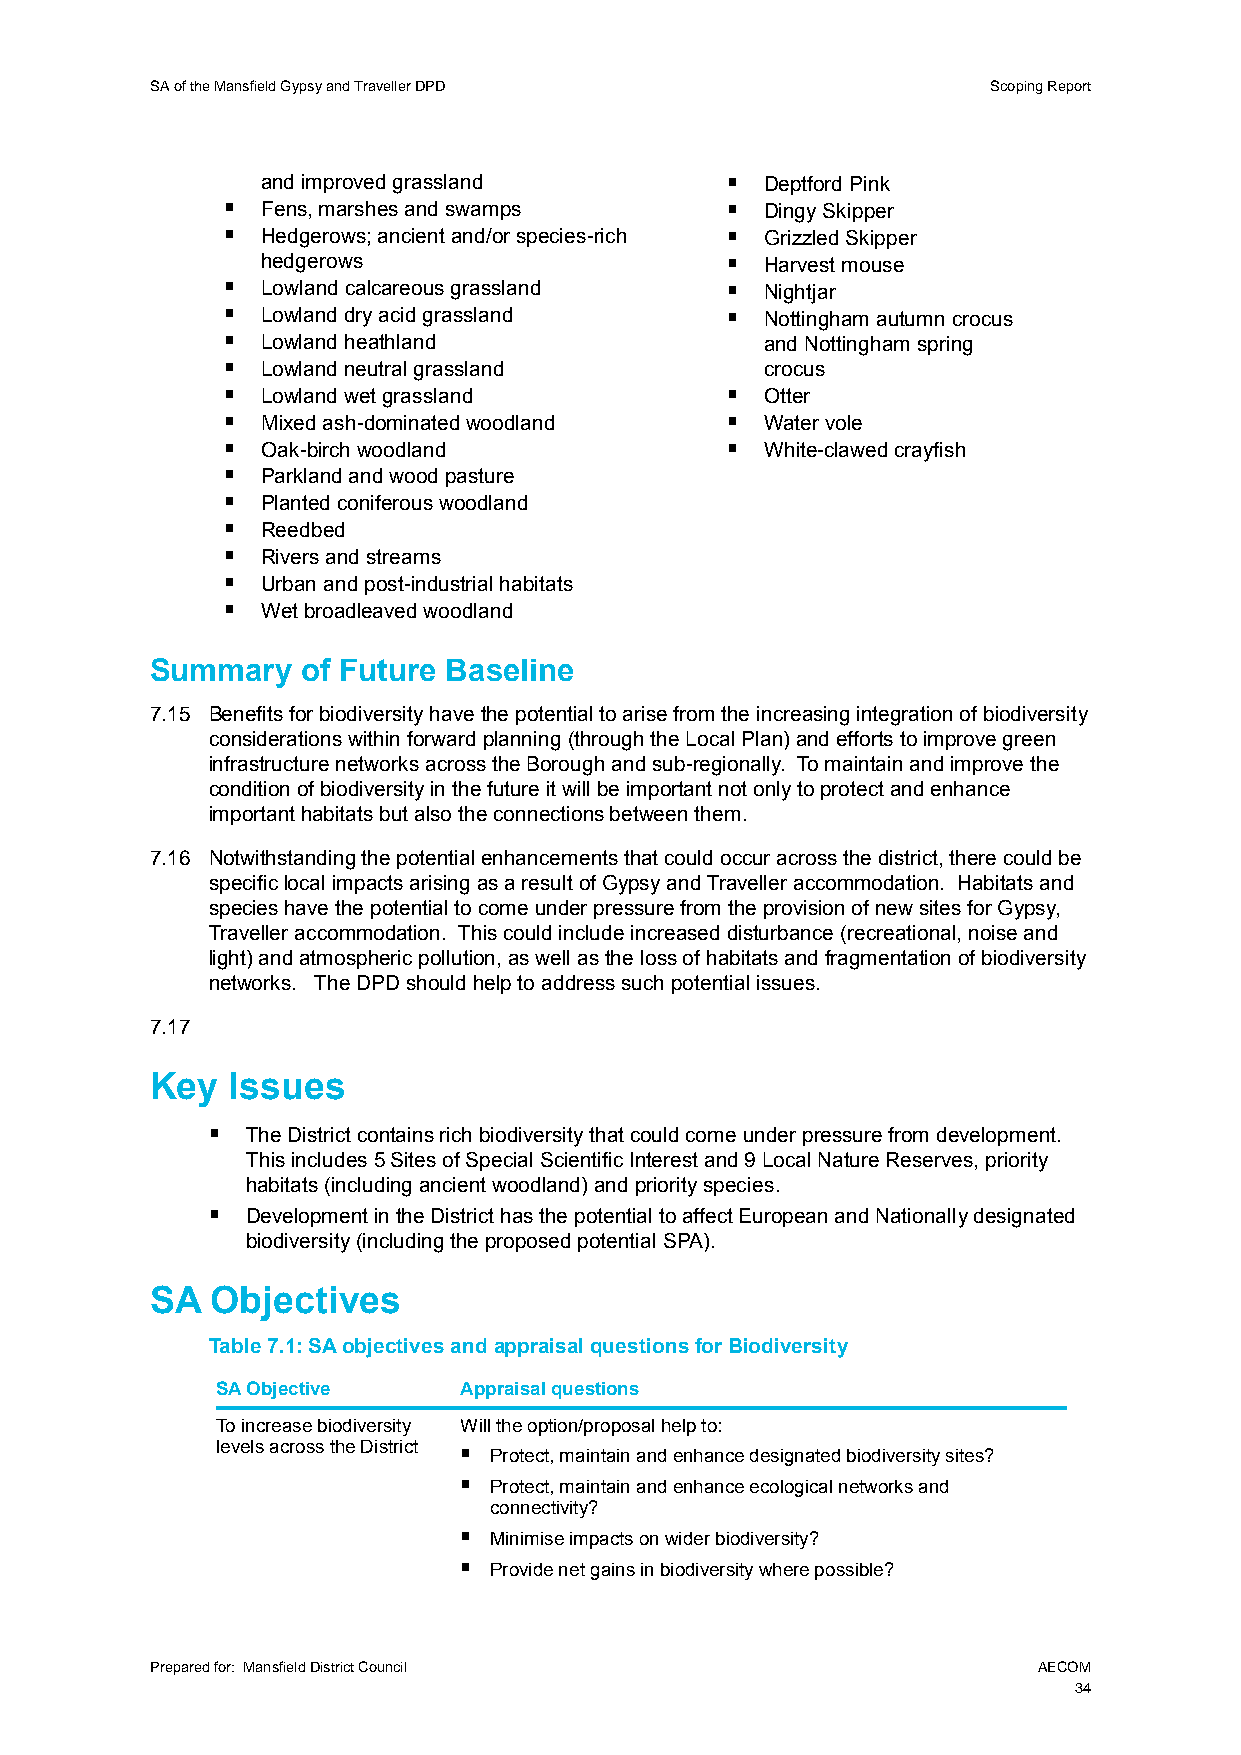
SA of the Mansfield Gypsy and Traveller DPD             Scoping Report
 and improved grassland           Deptford Pink
  Fens, marshes and swamps         Dingy Skipper
  Hedgerows; ancient and/or species-rich  Grizzled Skipper
 hedgerows                        Harvest mouse
  Lowland calcareous grassland     Nightjar
  Lowland dry acid grassland       Nottingham autumn crocus
  Lowland heathland                 and Nottingham spring
  Lowland neutral grassland         crocus
  Lowland wet grassland            Otter
  Mixed ash-dominated woodland     Water vole
  Oak-birch woodland               White-clawed crayfish
  Parkland and wood pasture
  Planted coniferous woodland
  Reedbed
  Rivers and streams
  Urban and post-industrial habitats
  Wet broadleaved woodland
 Summary   of Future Baseline
 7.15 Benefits for biodiversity have the potential to arise from the increasing integration of biodiversity
 considerations within forward planning (through the Local Plan) and efforts to improve green
 infrastructure networks across the Borough and sub-regionally. To maintain and improve the
 condition of biodiversity in the future it will be important not only to protect and enhance
 important habitats but also the connections between them.
 7.16 Notwithstanding the potential enhancements that could occur across the district, there could be
 specific local impacts arising as a result of Gypsy and Traveller accommodation. Habitats and
 species have the potential to come under pressure from the provision of new sites for Gypsy,
 Traveller accommodation. This could include increased disturbance (recreational, noise and
 light) and atmospheric pollution, as well as the loss of habitats and fragmentation of biodiversity
 networks. The DPD should help to address such potential issues.
 7.17
 Key  Issues
  The District contains rich biodiversity that could come under pressure from development.
 This includes 5 Sites of Special Scientific Interest and 9 Local Nature Reserves, priority
 habitats (including ancient woodland) and priority species.
  Development in the District has the potential to affect European and Nationally designated
 biodiversity (including the proposed potential SPA).
 SA  Objectives
 Table 7.1: SA objectives and appraisal questions for Biodiversity
 SA Objective    Appraisal questions
 To increase biodiversity Will the option/proposal help to:
 levels across the District  Protect, maintain and enhance designated biodiversity sites?
  Protect, maintain and enhance ecological networks and
 connectivity?
  Minimise impacts on wider biodiversity?
  Provide net gains in biodiversity where possible?
 Prepared for: Mansfield District Council                   AECOM
 34